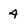
Character: 4